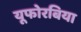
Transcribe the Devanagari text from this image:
यूफोरबिया